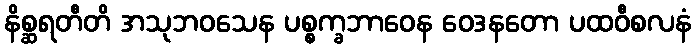
နိစ္ဆရတီတိ အသုဘဝသေန ပစ္စက္ခဘာဝေန ဝေဒနတော ပထဝီစလနံ